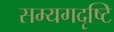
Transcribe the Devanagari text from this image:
सम्यगदृष्टि